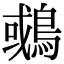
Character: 𪂉